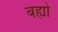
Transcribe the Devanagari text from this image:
बह्यो